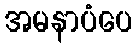
အမနာပံပေ